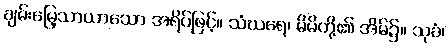
ချမ်းမြေ့သာယာသော အရိပ်ဖြင့်။ သံဃရေ၊ မိမိတို့၏ အိမ်၌။ သုခံ၊